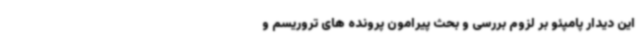
این دیدار پامپئو بر لزوم بررسی و بحث پیرامون پرونده های تروریسم و